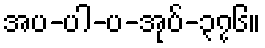
အပ-ပါ-ပ-အုပ်-၃၇၆။